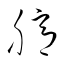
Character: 臆